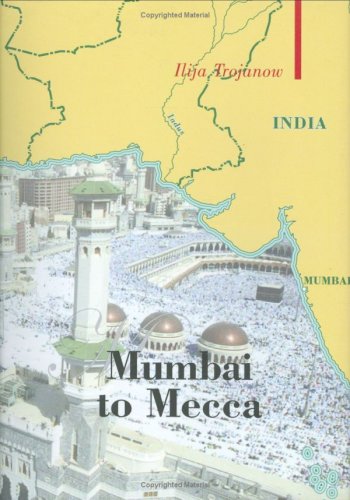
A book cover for Mumbai To Mecca: A Pilgrimage to the Holy Sites of Islam; Ilija Trojanow; Religion & Spirituality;